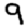
Digit: 9